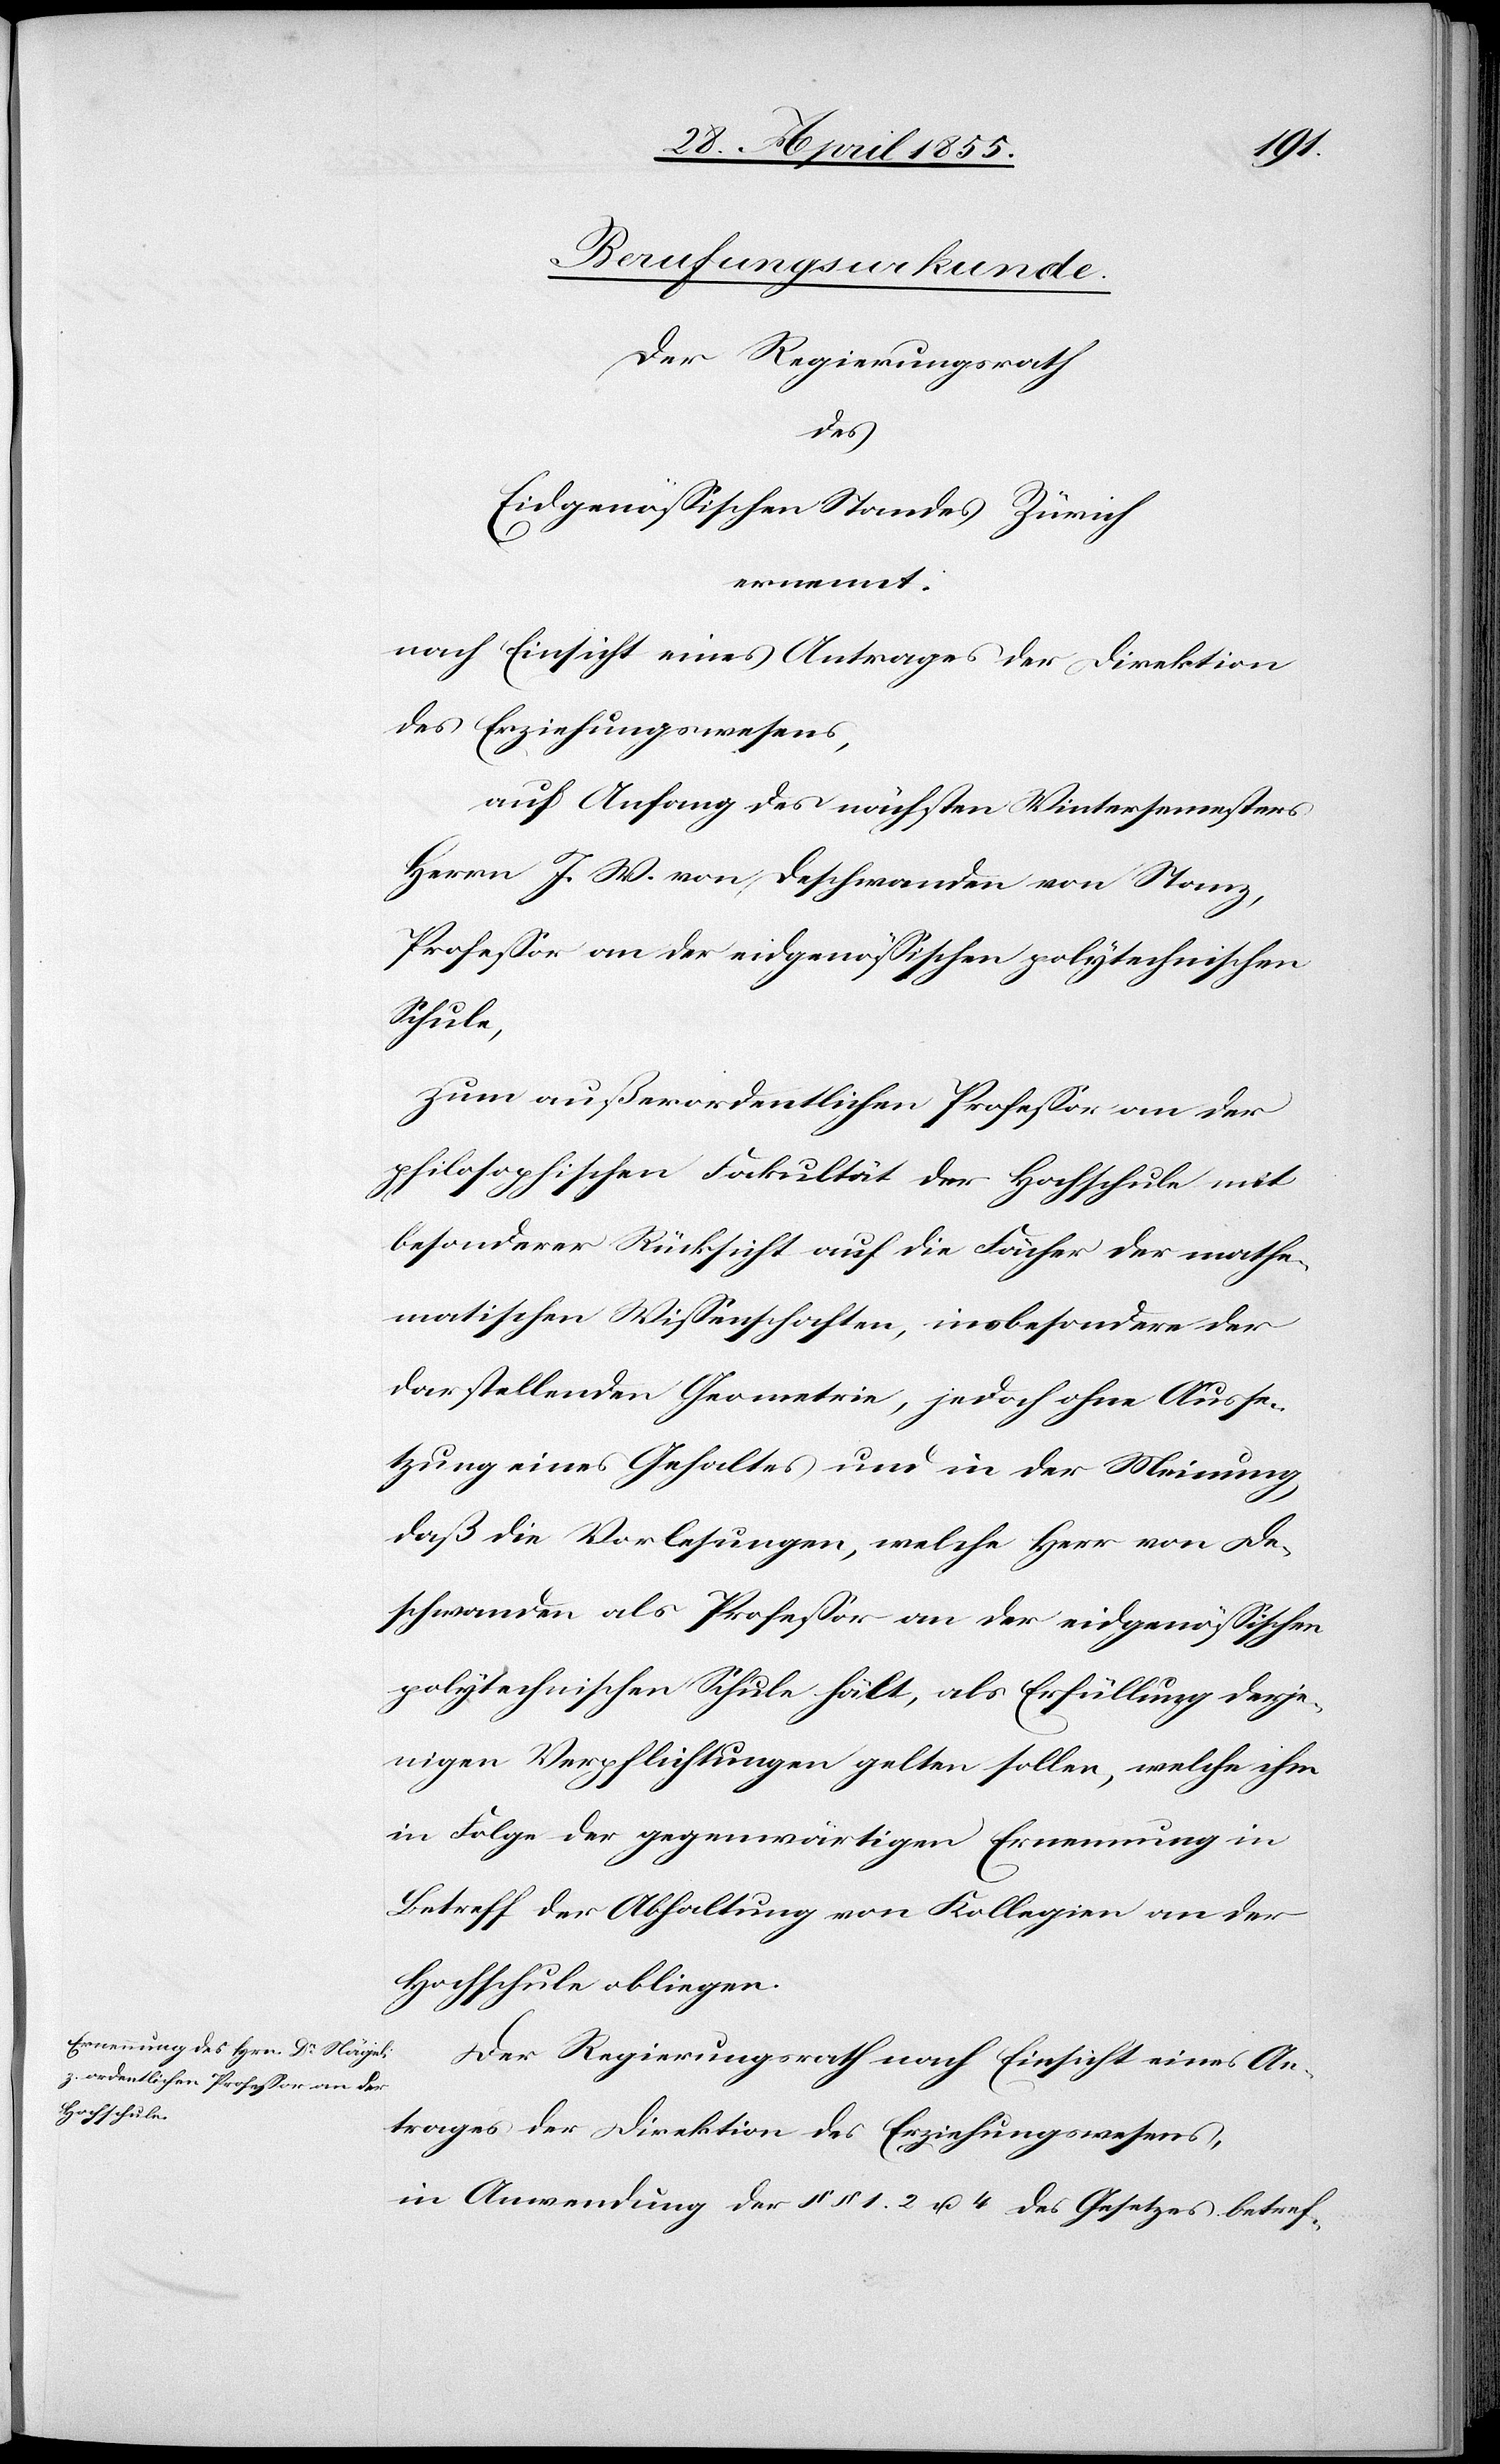
Berufungsurkunde.
Der Regierungsrath
des
Eidgenössischen Standes Zürich
ernennt:
nach Einsicht eines Antrages der Direktion
des Erziehungswesens,
auf Anfang des nächsten Wintersemesters
Herrn J. W. von Deschwanden von Stanz,
Professor an der eidgenössischen polytechnischen
Schule,
zum außerordentlichen Professor an der
philosophischen Fakultät der Hochschule mit
besonderer Rücksicht auf die Fächer der mathe¬
matischen Wissenschaften, insbesondere der
darstellenden Geometrie, jedoch ohne Ausse¬
tzung eines Gehaltes und in der Meinung,
daß die Vorlesungen, welche Herr von De¬
schwanden als Professor an der eidgenössischen
polytechnischen Schule hält, als Erfüllung derje¬
nigen Verpflichtungen gelten sollen, welche ihm
in Folge der gegenwärtigen Ernennung in
Betreff der Abhaltung von Kollegien an der
Hochschule obliegen.
Der Regierungsrath nach Einsicht eines An¬
trages der Direktion des Erziehungswesens,
in Anwendung der §§ 1. 2 u. 4 des Gesetzes betref-